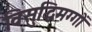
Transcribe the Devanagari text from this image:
विसुद्धिमग्गों